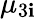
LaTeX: \mu_{3\mathbf{i}}